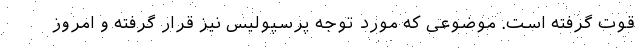
قوت گرفته است. موضوعی که مورد توجه پرسپولیس نیز قرار گرفته و امروز